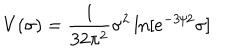
LaTeX: V ( \sigma ) = { \frac { 1 } { 3 2 \pi ^ { 2 } } } \sigma ^ { 2 } \ln [ e ^ { - 3 / 2 } \sigma ]